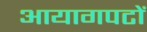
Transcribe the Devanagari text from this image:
आयागपटों